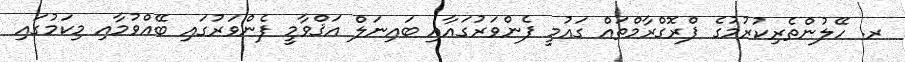
ރ. ހޭލުންތެރިކުރުމުގެ ޕްރޮގްރާމްތައް ގައުމީ ފެންވަރުގައާއި ބައިނަލް އަޤްވާމީ ފެންވަރުގައި ބޭއްވުމާއި މިކަމުގައި